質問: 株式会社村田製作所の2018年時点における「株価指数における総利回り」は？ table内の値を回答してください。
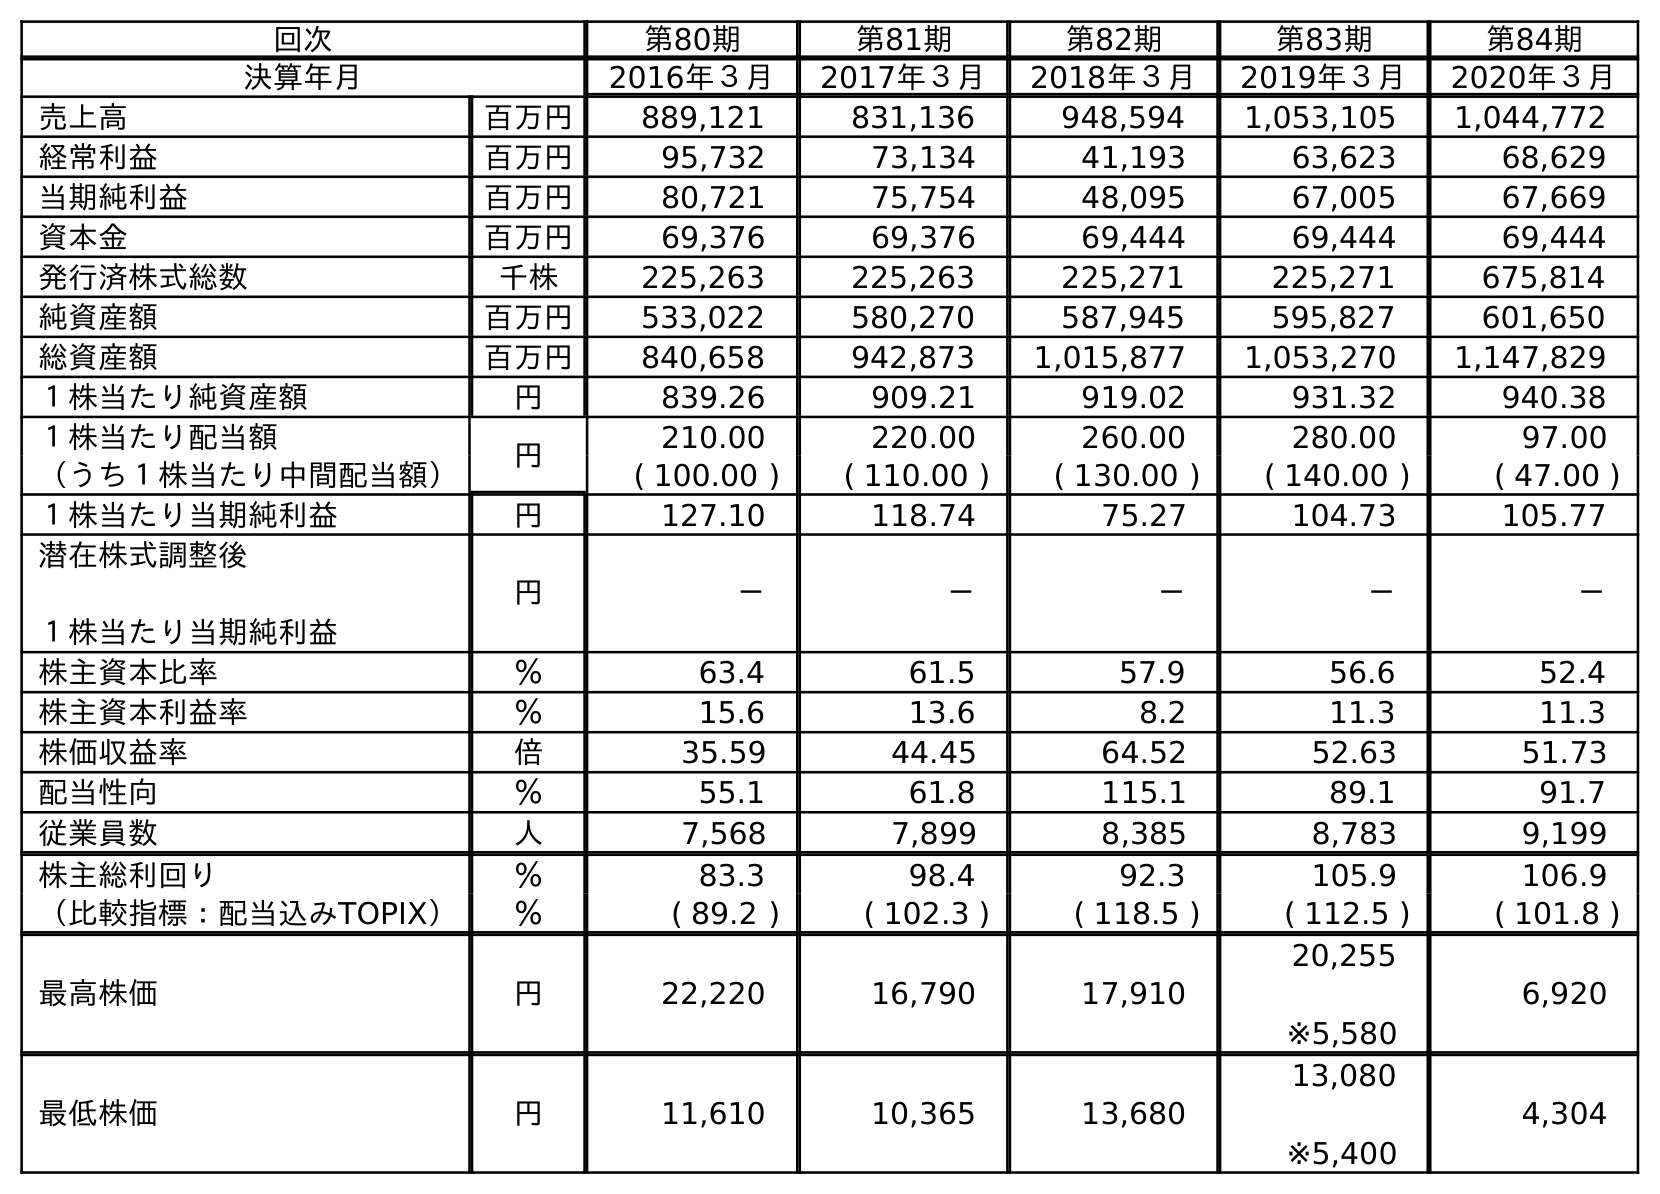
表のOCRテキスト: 回次 第80期 第81期 第82期 第83期 第84期 決算年月 2016年３月 2017年３月 2018年３月 2019年３月 2020年３月 売上高 百万円 889,121 831,136 948,594 1,053,105 1,044,772 経常利益 百万円 95,732 73,134 41,193 63,623 68,629 当期純利益 百万円 80,721 75,754 48,095 67,005 67,669 資本金 百万円 69,376 69,376 69,444 69,444 69,444 発行済株式総数 千株 225,263 225,263 225,271 225,271 675,814 純資産額 百万円 533,022 580,270 587,945 595,827 601,650 総資産額 百万円 840,658 942,873 1,015,877 1,053,270 1,147,829 １株当たり純資産額 円 839.26 909.21 919.02 931.32 940.38 １株当たり配当額 円 210.00 220.00 260.00 280.00 97.00 （うち１株当たり中間配当額） ( 100.00 ) ( 110.00 ) ( 130.00 ) ( 140.00 ) ( 47.00 ) １株当たり当期純利益 円 127.10 118.74 75.27 104.73 105.77 潜在株式調整後 １株当たり当期純利益 円 － － － － － 株主資本比率 ％ 63.4 61.5 57.9 56.6 52.4 株主資本利益率 ％ 15.6 13.6 8.2 11.3 11.3 株価収益率 倍 35.59 44.45 64.52 52.63 51.73 配当性向 ％ 55.1 61.8 115.1 89.1 91.7 従業員数 人 7,568 7,899 8,385 8,783 9,199 株主総利回り ％ 83.3 98.4 92.3 105.9 106.9 （比較指標：配当込みTOPIX） ％ ( 89.2 ) ( 102.3 ) ( 118.5 ) ( 112.5 ) ( 101.8 ) 最高株価 円 22,220 16,790 17,910 20,255 ※5,580 6,920 最低株価 円 11,610 10,365 13,680 13,080 ※5,400 4,304
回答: (118.5)